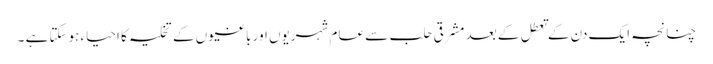
چنانچہ ایک دن کے تعطل کے بعد مشرقی حلب سے عام شہریوں اور باغیوں کے تخلیہ کا احیاء ہوسکتا ہے ۔